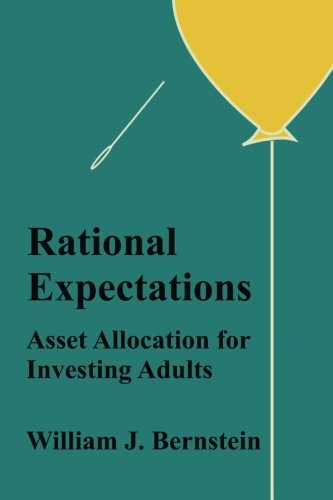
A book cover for Rational Expectations: Asset Allocation for Investing Adults (Investing for Adults) (Volume 4); William J Bernstein; Business & Money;